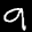
Label: 9